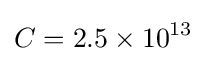
C=2.5\times 10^{13}